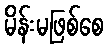
မိန်းမဖြစ်စေ